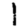
Digit: 1